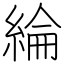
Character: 綸